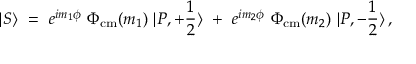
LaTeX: | S \rangle ~ = ~ e ^ { i m _ { 1 } \phi } ~ \Phi _ { \mathrm { c m } } ( m _ { 1 } ) ~ | P , + { \frac { 1 } { 2 } } \rangle ~ + ~ e ^ { i m _ { 2 } \phi } ~ \Phi _ { \mathrm { c m } } ( m _ { 2 } ) ~ | P , - { \frac { 1 } { 2 } } \rangle \, ,